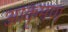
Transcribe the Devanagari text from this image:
आकृमण